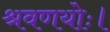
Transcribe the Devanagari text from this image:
श्रवणयोः।